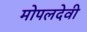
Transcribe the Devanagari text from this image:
मोपलदेवी